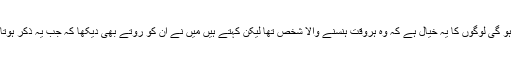
لیکن امیر صاحب نے ایک بات لکھی ہے اور یقینا صحیح ہو گی لوگوں کا یہ خیال ہے کہ وہ ہروقت ہنسنے والا شخص تھا لیکن کہتے ہیں مَیں نے ان کو روتے بھی دیکھا کہ جب یہ ذکر ہوتا تھا کہ بیعتوں کا ٹارگٹ پورا کرنا ہے، بیعتیں نہیں ہوئیں۔